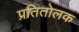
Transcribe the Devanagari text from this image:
प्रतितोलक